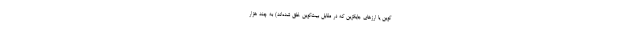
کوین یا ارزهای جایگزین که در مقابل بیت‌کوین خلق شده‌اند) به چند هزار